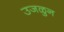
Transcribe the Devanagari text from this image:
उजळुन